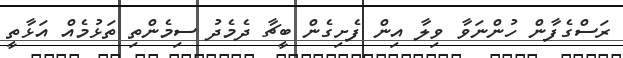
ރަސްގެފާން ހުންނަވާ ވިލާ އިން ފެށިގެން ބީޗާ ދެމެދު ސިމެންތި ތަޅުމެއް އަޅާތީ